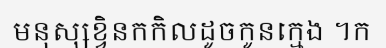
មនុស្សខ្វិនកកិលដូចកូនក្មេង ។ក